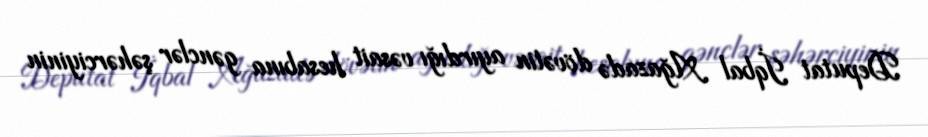
Deputat İqbal Ağazadə dövətin ayırdığı vəsait hesabına gənclər şəhərciyinin